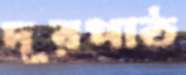
দূরপাঠ